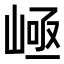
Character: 𡹪